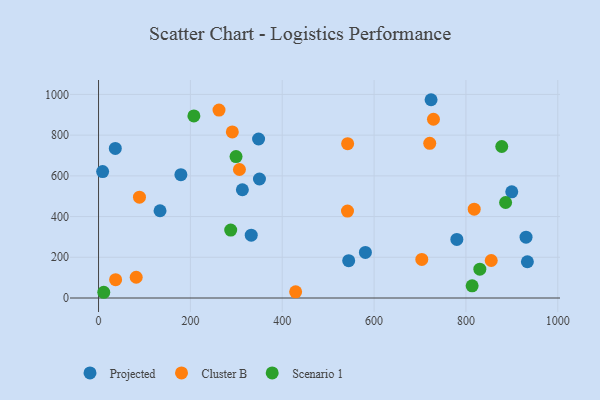
{"axis": {"x": "Speed", "y": "Demand"}, "legend": ["Cluster B", "Projected", "Scenario 1"], "data": [{"x": "933.8", "y": 178.0, "type": "Projected"}, {"x": "780.2", "y": 287.5, "type": "Projected"}, {"x": "36.5", "y": 734.7, "type": "Projected"}, {"x": "544.7", "y": 183.2, "type": "Projected"}, {"x": "313.2", "y": 531.7, "type": "Projected"}, {"x": "724.1", "y": 974.0, "type": "Projected"}, {"x": "8.9", "y": 621.1, "type": "Projected"}, {"x": "930.9", "y": 298.8, "type": "Projected"}, {"x": "581.1", "y": 223.8, "type": "Projected"}, {"x": "332.5", "y": 308.6, "type": "Projected"}, {"x": "899.8", "y": 521.7, "type": "Projected"}, {"x": "348.5", "y": 781.1, "type": "Projected"}, {"x": "179.3", "y": 605.7, "type": "Projected"}, {"x": "133.9", "y": 428.6, "type": "Projected"}, {"x": "350.4", "y": 584.5, "type": "Projected"}, {"x": "429.2", "y": 30.4, "type": "Cluster B"}, {"x": "703.9", "y": 189.3, "type": "Cluster B"}, {"x": "306.8", "y": 631.3, "type": "Cluster B"}, {"x": "82.0", "y": 102.0, "type": "Cluster B"}, {"x": "818.0", "y": 436.2, "type": "Cluster B"}, {"x": "542.1", "y": 427.2, "type": "Cluster B"}, {"x": "721.2", "y": 759.6, "type": "Cluster B"}, {"x": "89.1", "y": 495.1, "type": "Cluster B"}, {"x": "291.3", "y": 815.9, "type": "Cluster B"}, {"x": "542.4", "y": 758.0, "type": "Cluster B"}, {"x": "729.3", "y": 878.0, "type": "Cluster B"}, {"x": "855.1", "y": 184.2, "type": "Cluster B"}, {"x": "262.3", "y": 923.3, "type": "Cluster B"}, {"x": "37.2", "y": 90.0, "type": "Cluster B"}, {"x": "886.4", "y": 469.1, "type": "Scenario 1"}, {"x": "207.6", "y": 894.2, "type": "Scenario 1"}, {"x": "830.3", "y": 141.5, "type": "Scenario 1"}, {"x": "11.4", "y": 28.1, "type": "Scenario 1"}, {"x": "299.4", "y": 694.9, "type": "Scenario 1"}, {"x": "287.8", "y": 333.8, "type": "Scenario 1"}, {"x": "813.5", "y": 59.6, "type": "Scenario 1"}, {"x": "878.0", "y": 744.3, "type": "Scenario 1"}]}